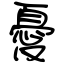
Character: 憂